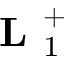
\textbf { L } _ { 1 } ^ { + }